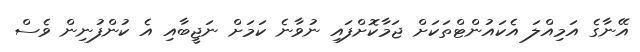
އޭނާގެ އަމިއްލަ އެކައުންޓްތަކަށް ޖަމާކޮށްފައި ނުވާނެ ކަމަށް ނަޖީބާއި އެ ކުންފުނިން ވެސް